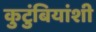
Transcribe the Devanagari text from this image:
कुटुंबियांशी